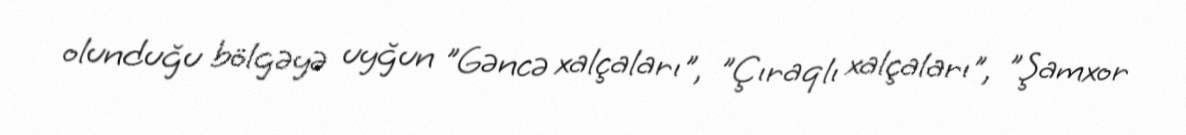
olunduğu bölgəyə uyğun "Gəncə xalçaları", "Çıraqlı xalçaları", "Şamxor